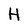
Character: H